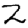
Digit: 2